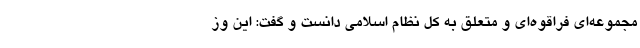
مجموعه‌ای فراقوه‌ای و متعلق به کل نظام اسلامی دانست و گفت: این وز